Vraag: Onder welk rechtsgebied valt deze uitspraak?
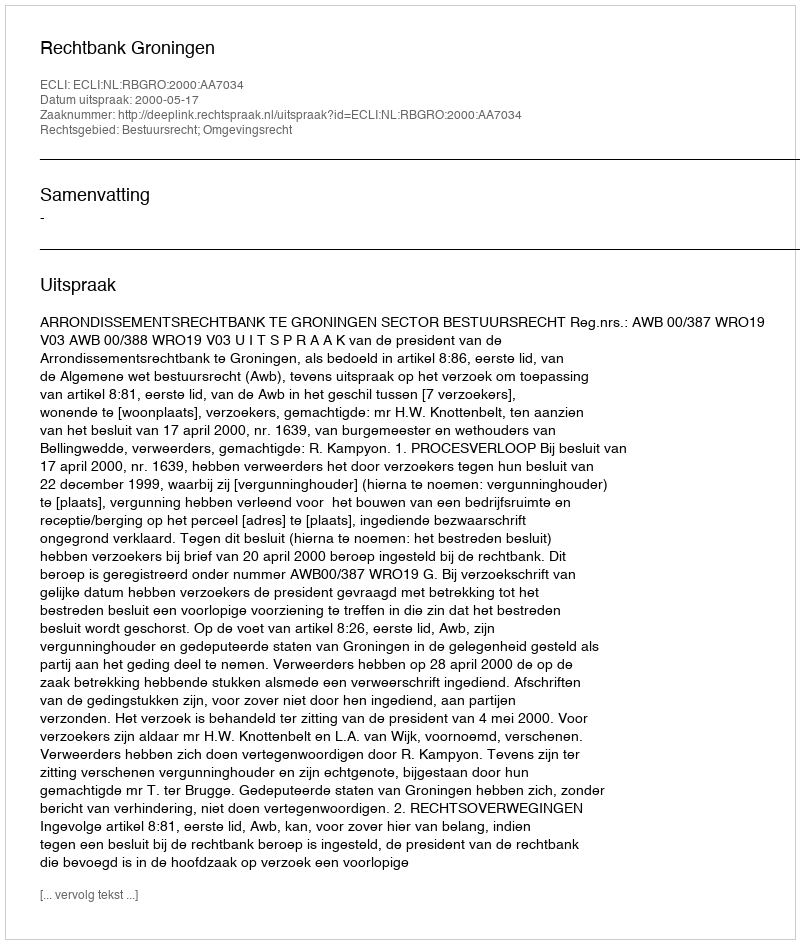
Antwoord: Bestuursrecht; Omgevingsrecht